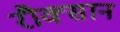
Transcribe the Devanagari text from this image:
रौक्सान